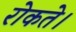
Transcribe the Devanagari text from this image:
रोकते।